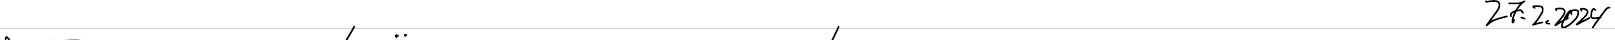
27.2.2024